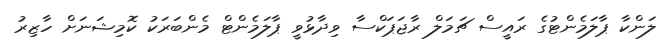
ލަންކާ ޕާލަމެންޓުގެ ރައީސް ޗަމަލް ރާޖަޕަކްސާ ވިދާޅުވީ ޕާލަމެންޓް މެންބަރަކު ކޮމިޝަނަށް ހާޒިރު